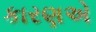
કારણએ